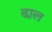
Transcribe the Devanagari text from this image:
ढा़ल